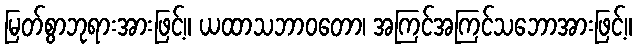
မြတ်စွာဘုရားအားဖြင့်။ ယထာသဘာဝတော၊ အကြင်အကြင်သဘောအားဖြင့်။